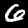
Label: 6